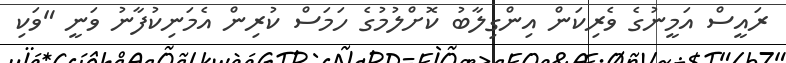
ރައީސް އަމީނުގެ ވެރިކަން އިންގިލާބު ކޮށްލުމުގެ ހަމަސް ކުރިން އެމަނިކުފާނު ވަނީ "ވަކި